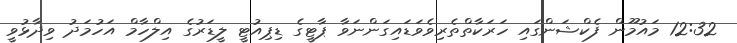
12:32 މައުމޫން ފެކްޝަންގައި ހަރަކާތްތެރިވެވަޑައިގަންނަވާ ޕާޓީގެ ޑިޕިއުޓީ ލީޑަރުގެ އިލްހާމް އަހުމަދު ވިދާޅުވީ